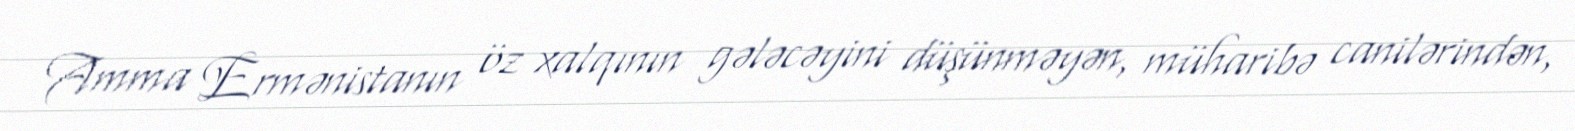
Amma Ermənistanın öz xalqının gələcəyini düşünməyən, müharibə canilərindən,